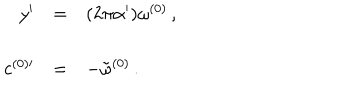
\begin{array} { r c l } { { y ^ { \prime } } } & { { = } } & { { ( 2 \pi \alpha ^ { \prime } ) \omega ^ { ( 0 ) } \, , } } \\ { { } } & { { } } & { { } } \\ { { c ^ { ( 0 ) \prime } } } & { { = } } & { { - { \tilde { \omega } } ^ { ( 0 ) } \, . } } \\ \end{array}